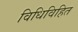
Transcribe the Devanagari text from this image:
विधिविहित